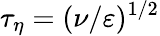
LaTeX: \tau_{\eta}=(\nu/\varepsilon)^{1/2}